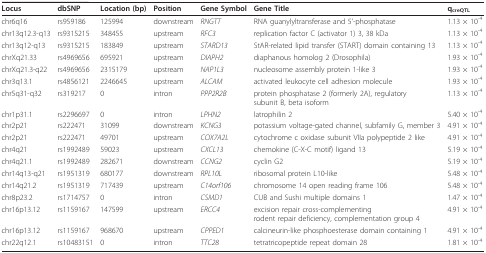
<table><thead><tr><td><b>Locus</b></td><td><b>dbSNP</b></td><td><b>Location (bp)</b></td><td><b>Position</b></td><td><b>Gene Symbol</b></td><td><b>Gene Title</b></td><td><b>q<sub>creQTL</sub></b></td></tr></thead><tbody><tr><td>chr6q16</td><td>rs959186</td><td>125994</td><td>downstream</td><td><i>RNGTT</i></td><td>RNA guanylyltransferase and 5&#x27;-phosphatase</td><td>1.13 × 10-4</td></tr><tr><td>chr13q12.3-q13</td><td>rs9315215</td><td>348455</td><td>upstream</td><td><i>RFC3</i></td><td>replication factor C (activator 1) 3, 38 kDa</td><td>1.13 × 10-4</td></tr><tr><td>chr13q12-q13</td><td>rs9315215</td><td>183849</td><td>upstream</td><td><i>STARD13</i></td><td>StAR-related lipid transfer (START) domain containing 13</td><td>1.13 × 10-4</td></tr><tr><td>chrXq21.33</td><td>rs4969656</td><td>695921</td><td>upstream</td><td><i>DIAPH2</i></td><td>diaphanous homolog 2 (Drosophila)</td><td>1.93 × 10-4</td></tr><tr><td>chrXq21.3-q22</td><td>rs4969656</td><td>2315179</td><td>upstream</td><td><i>NAP1L3</i></td><td>nucleosome assembly protein 1-like 3</td><td>1.93 × 10-4</td></tr><tr><td>chr3q13.1</td><td>rs4856121</td><td>2246645</td><td>upstream</td><td><i>ALCAM</i></td><td>activated leukocyte cell adhesion molecule</td><td>1.93 × 10-4</td></tr><tr><td>chr5q31-q32</td><td>rs319217</td><td>0</td><td>intron</td><td><i>PPP2R2B</i></td><td>protein phosphatase 2 (formerly 2A), regulatory subunit B, beta isoform</td><td>1.13 × 10-4</td></tr><tr><td>chr1p31.1</td><td>rs2296697</td><td>0</td><td>intron</td><td><i>LPHN2</i></td><td>latrophilin 2</td><td>5.40 × 10-4</td></tr><tr><td>chr2p21</td><td>rs222471</td><td>31099</td><td>downstream</td><td><i>KCNG3</i></td><td>potassium voltage-gated channel, subfamily G, member 3</td><td>4.91 × 10-4</td></tr><tr><td>chr2p21</td><td>rs222471</td><td>49701</td><td>upstream</td><td><i>COX7A2L</i></td><td>cytochrome c oxidase subunit VIIa polypeptide 2 like</td><td>4.91 × 10-4</td></tr><tr><td>chr4q21</td><td>rs1992489</td><td>59023</td><td>upstream</td><td><i>CXCL13</i></td><td>chemokine (C-X-C motif) ligand 13</td><td>5.19 × 10-4</td></tr><tr><td>chr4q21.1</td><td>rs1992489</td><td>282671</td><td>downstream</td><td><i>CCNG2</i></td><td>cyclin G2</td><td>5.19 × 10-4</td></tr><tr><td>chr14q13-q21</td><td>rs1951319</td><td>680177</td><td>downstream</td><td><i>RPL10L</i></td><td>ribosomal protein L10-like</td><td>5.48 × 10-4</td></tr><tr><td>chr14q21.2</td><td>rs1951319</td><td>717439</td><td>upstream</td><td><i>C14orf106</i></td><td>chromosome 14 open reading frame 106</td><td>5.48 × 10-4</td></tr><tr><td>chr8p23.2</td><td>rs1714757</td><td>0</td><td>intron</td><td><i>CSMD1</i></td><td>CUB and Sushi multiple domains 1</td><td>1.47 × 10-4</td></tr><tr><td>chr16p13.12</td><td>rs1159167</td><td>147599</td><td>upstream</td><td><i>ERCC4</i></td><td>excision repair cross-complementing rodent repair deficiency, complementation group 4</td><td>4.91 × 10-4</td></tr><tr><td>chr16p13.12</td><td>rs1159167</td><td>968670</td><td>upstream</td><td><i>CPPED1</i></td><td>calcineurin-like phosphoesterase domain containing 1</td><td>4.91 × 10-4</td></tr><tr><td>chr22q12.1</td><td>rs10483151</td><td>0</td><td>intron</td><td><i>TTC28</i></td><td>tetratricopeptide repeat domain 28</td><td>1.81 × 10-4</td></tr></tbody></table>